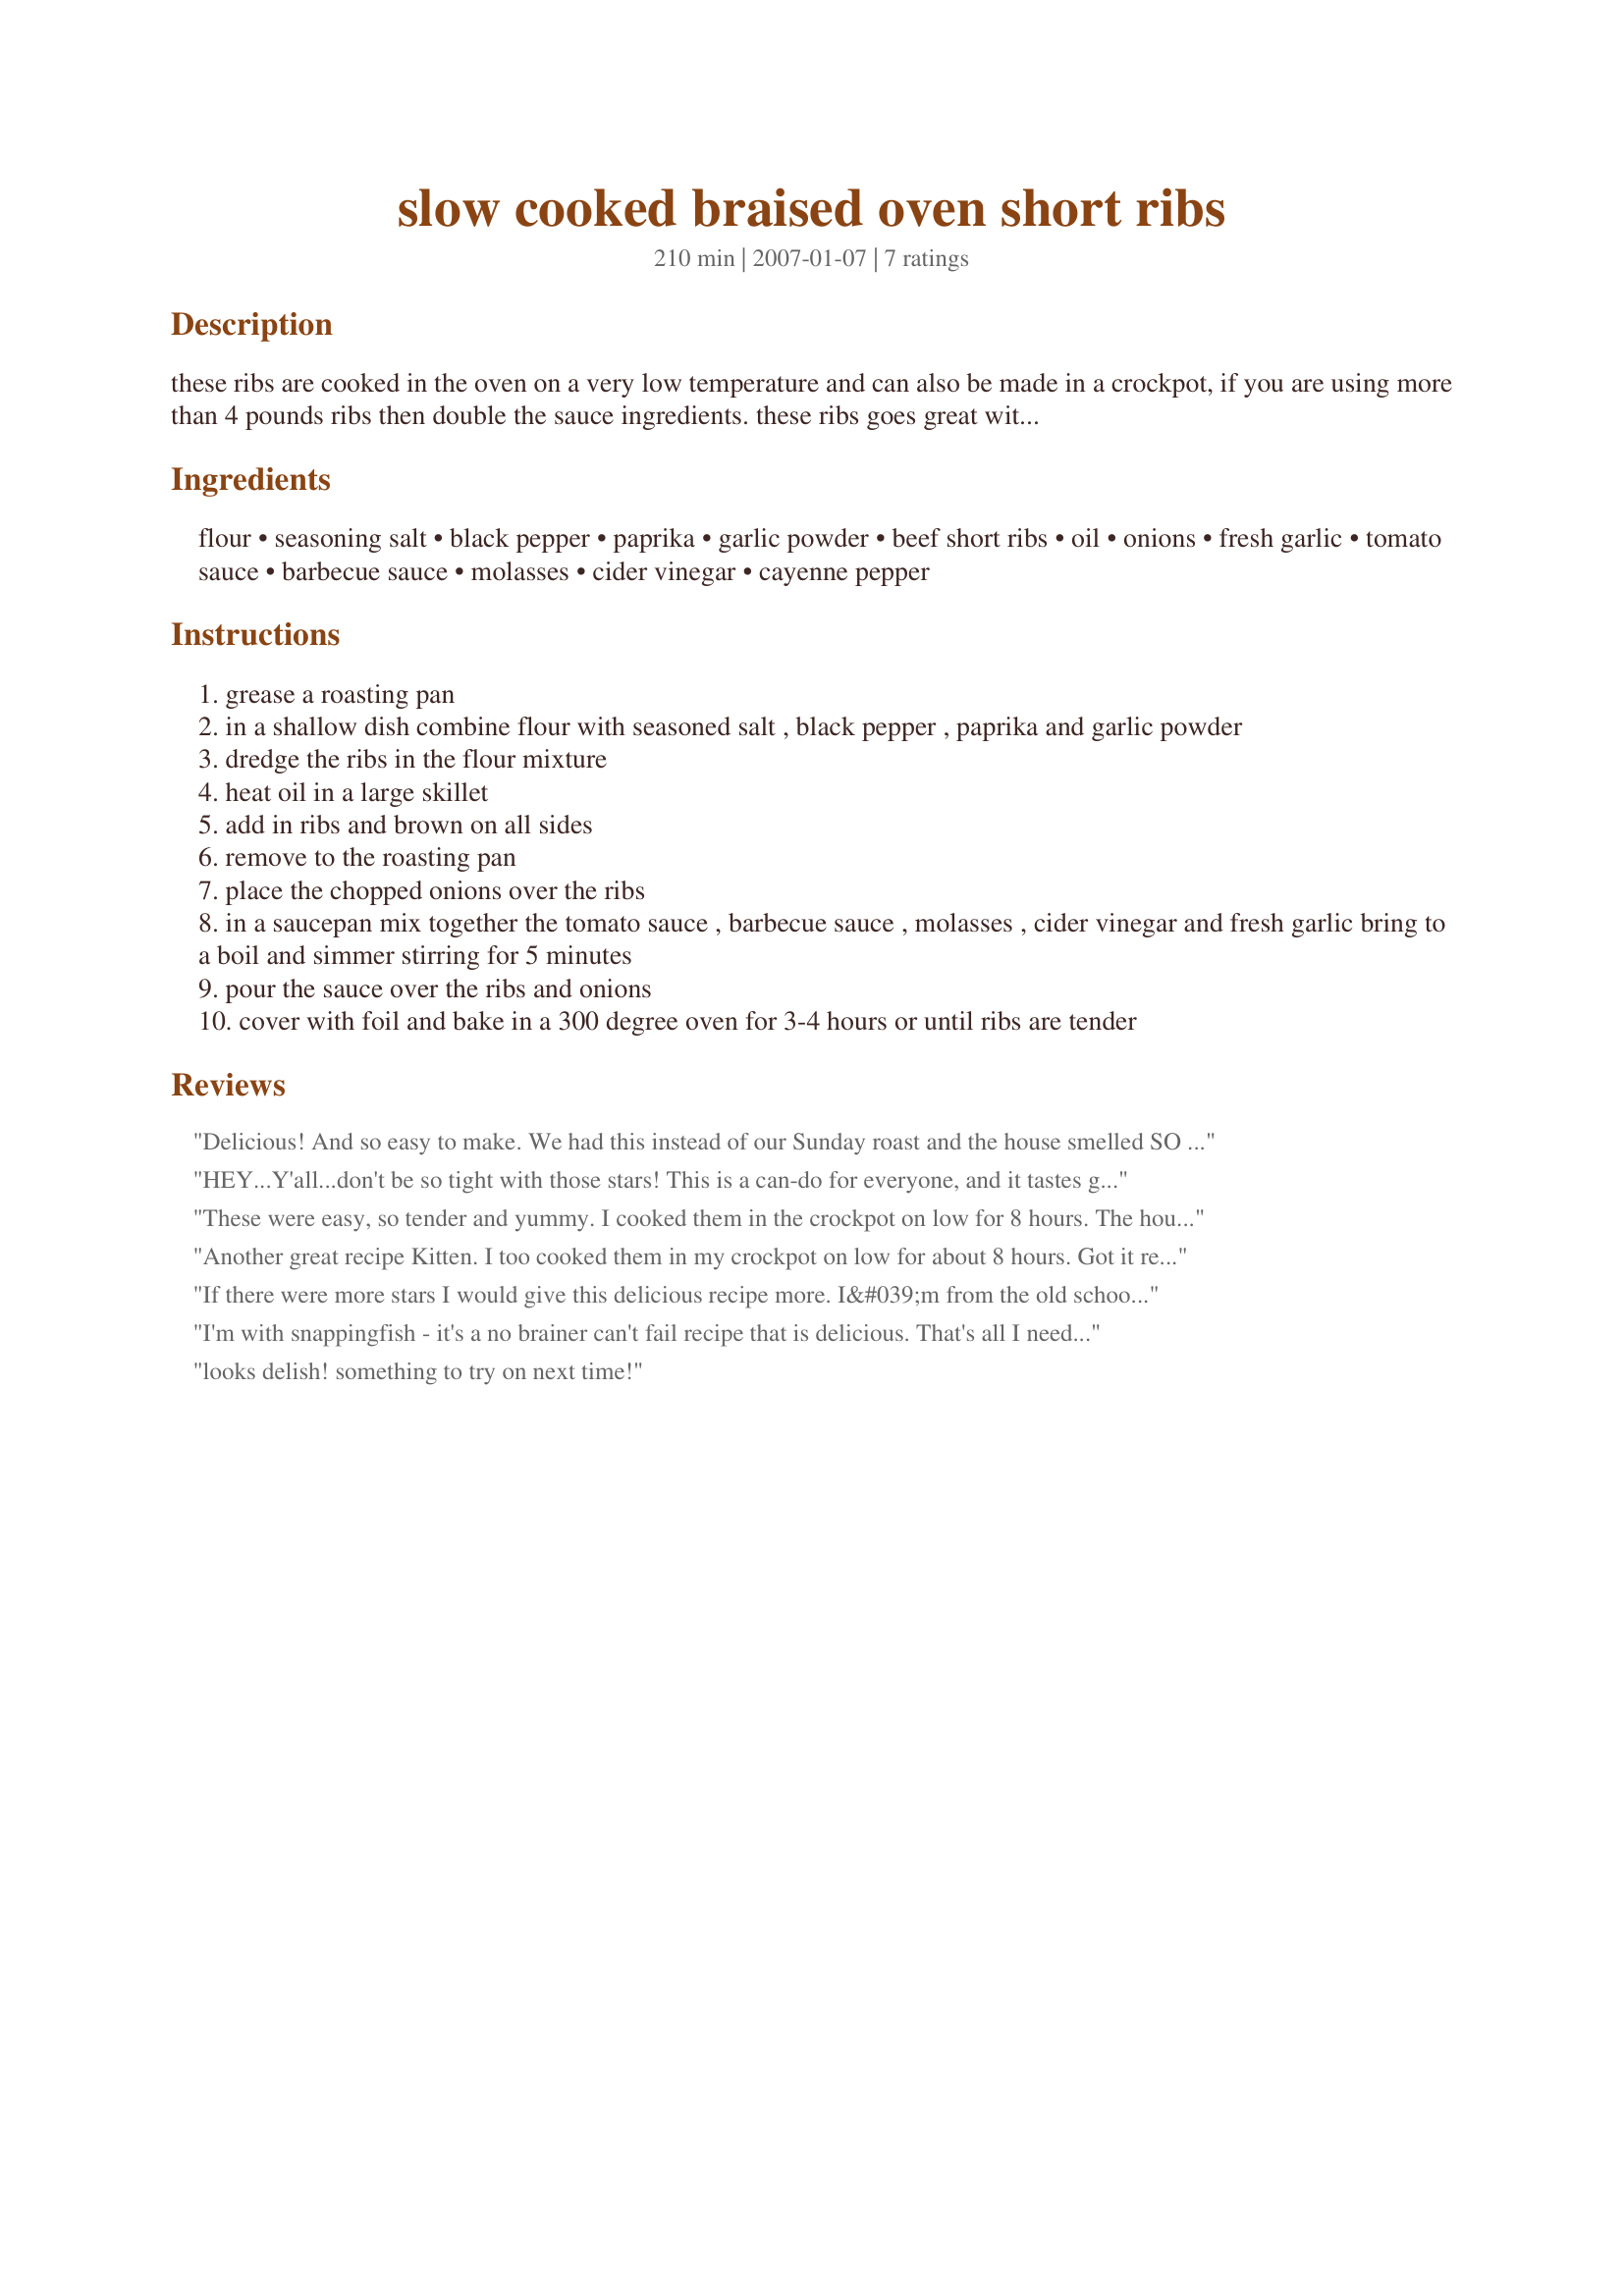
slow cooked braised oven short ribs
Preparation time: 210 minutes

these ribs are cooked in the oven on a very low temperature and can also be made in a crockpot, if you are using more than 4 pounds ribs then double the sauce ingredients. these ribs goes great with recipe#186700 or
recipe#69020...or mashed potatoes. the cayenne pepper or tabasco is only optional, add in for extra heat.

Ingredients:
flour, seasoning salt, black pepper, paprika, garlic powder, beef short ribs, oil, onions, fresh garlic, tomato sauce, barbecue sauce, molasses, cider vinegar, cayenne pepper

Steps:
grease a roasting pan
in a shallow dish combine flour with seasoned salt , black pepper , paprika and garlic powder
dredge the ribs in the flour mixture
heat oil in a large skillet
add in ribs and brown on all sides
remove to the roasting pan
place the chopped onions over the ribs
in a saucepan mix together the tomato sauce , barbecue sauce , molasses , cider vinegar and fresh garlic bring to a boil and simmer stirring for 5 minutes
pour the sauce over the ribs and onions
cover with foil and bake in a 300 degree oven for 3-4 hours or until ribs are tender

Reviews:
Delicious! And so easy to make. We had this instead of our Sunday roast and the house smelled SO amazing! We were both starving by the time they were done. Great tasting sauce and beautifully tender beef. Served with some mash and carrots and we loved this!
HEY...Y'all...don't be so tight with those stars!

This is a can-do for everyone, and it tastes great! Its against some rules to cook meat IN a BBQ sauce, but for the sake of being lazy, I would accept it here!

I'm from the south, and I will tell you that this dish would pass at any place I've eaten! The one trick I employed, was to start with a cast iron deep frypan. Browned it, added the stuff, and baked it all in the one pan. Came out perfect!
These were easy, so tender and yummy. I cooked them in the crockpot on low for 8 hours. The house smelled fabulous. Thanks Kitten!
Another great recipe Kitten. I too cooked them in my crockpot on low for about 8 hours. Got it ready before leaving for work and came home to a great smelling kitchen. These definitely fell off the bone and were so tender. I added some baby carrots to the crockpot. I had so many carrots in my fridge, and I love carrots from a crockpot. I think I added a bit too much BBQ sauce though, was just a bit too strong with that flavor. But that is my mistake I am sure. I wish I had a french bread to mop up all the juices. Thanks for a wonderful recipe Kitten.
If there were more stars I would give this delicious recipe more. I&#039;m from the old school and get up early on Sunday morning to prepare dinner to be ready when getting home from church.
Prep time about 30 minutes. I left out the garlic, and used honey in place of the molasses. This was the first sauce recipe I truly loved and will make in the future. I slow cooked on 300 degrees for 4hrs. The results were outstanding. My husband is not a big eater but he had seconds on this. Will definitely repeat in the future.
I'm with snappingfish - it's a no brainer can't fail recipe that is delicious. That's all I need! I also cooked it in a big cast iron skillet with a lid. I used pork country style ribs. I used smoked paprika instead of regular and montreal steak seasoning instead of season salt. Also, baked them for 1 hour with no sauce, then drained off the fat and added sauce and onions. Awesome.
looks delish! something to try on next time!
